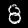
Digit: 8